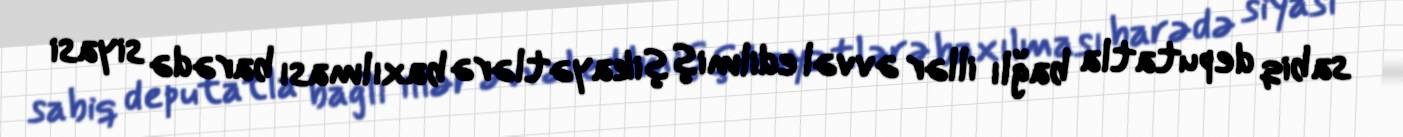
sabiq deputatla bağlı illər əvvəl edilmiş şikayətlərə baxılması barədə siyasi